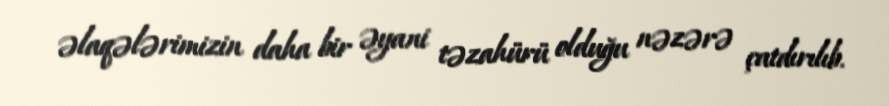
əlaqələrimizin daha bir əyani təzahürü olduğu nəzərə çatdırılıb.